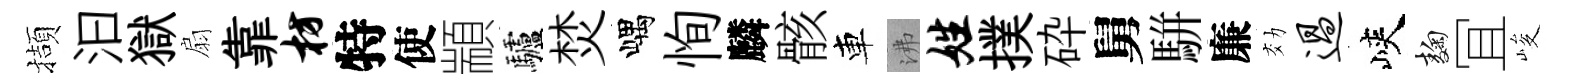
擷汩獄扇靠枋特使顓驢焚嵎恂麟骸車沸姓撲砕舅駢廉効过峽麹冝峻